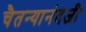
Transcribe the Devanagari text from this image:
चैतन्यानंदजी